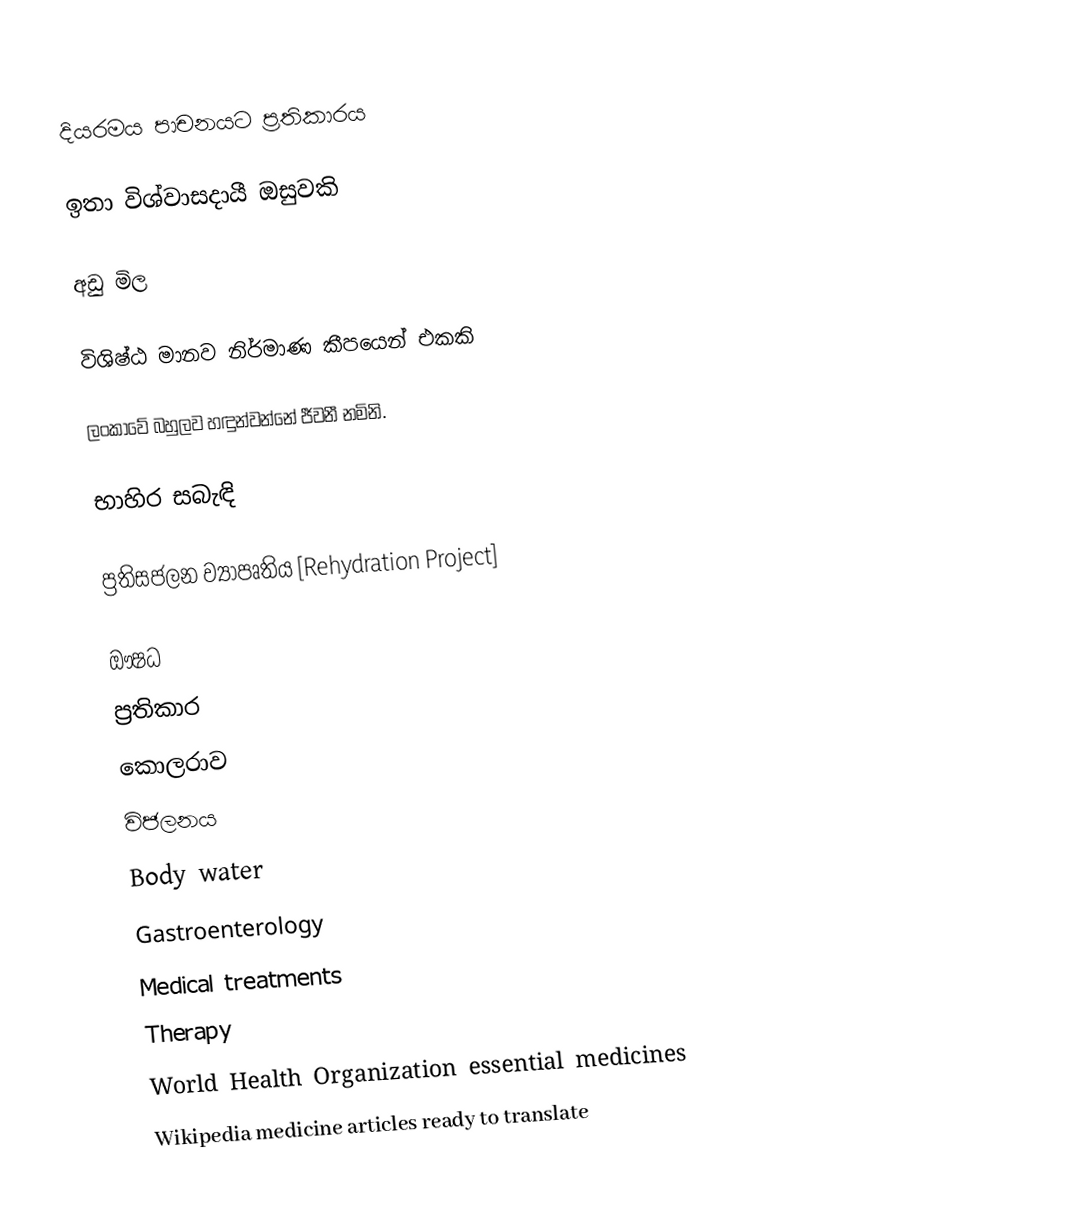
දියරමය පාචනයට ප්‍රතිකාරය

ඉතා විශ්වාසදායී ඔසුවකි

අඩු මිල

විශිෂ්ඨ මානව නිර්මාණ  කීපයෙන් එකකි

ලංකාවේ බහුලව හඳුන්වන්නේ ජීවනී නමිනි.

භාහිර සබැඳි

 ප්‍රතිසජලන ව්‍යාපෘතිය [Rehydration Project]

ඖෂධ
ප්‍රතිකාර
කොලරාව
විජලනය
Body water
Gastroenterology
Medical treatments
Therapy
World Health Organization essential medicines
Wikipedia medicine articles ready to translate